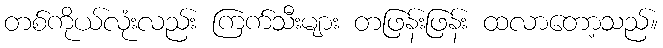
တစ်ကိုယ်လုံးလည်း ကြက်သီးများ တဖြန်းဖြန်း ထလာတော့သည်။